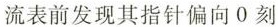
流表前发现其指针偏向0刻